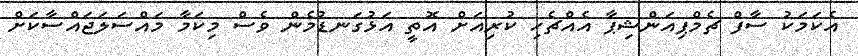
އެކަމަކު ސާފް ޗެމްޕިއަންޝިޕާ އެއްޗެހި ކުރިއަށް އޮތީ އަޅުގަނޑުމެން ވެސް މިކަމާ މައްސަލަޖައްސާކަށް